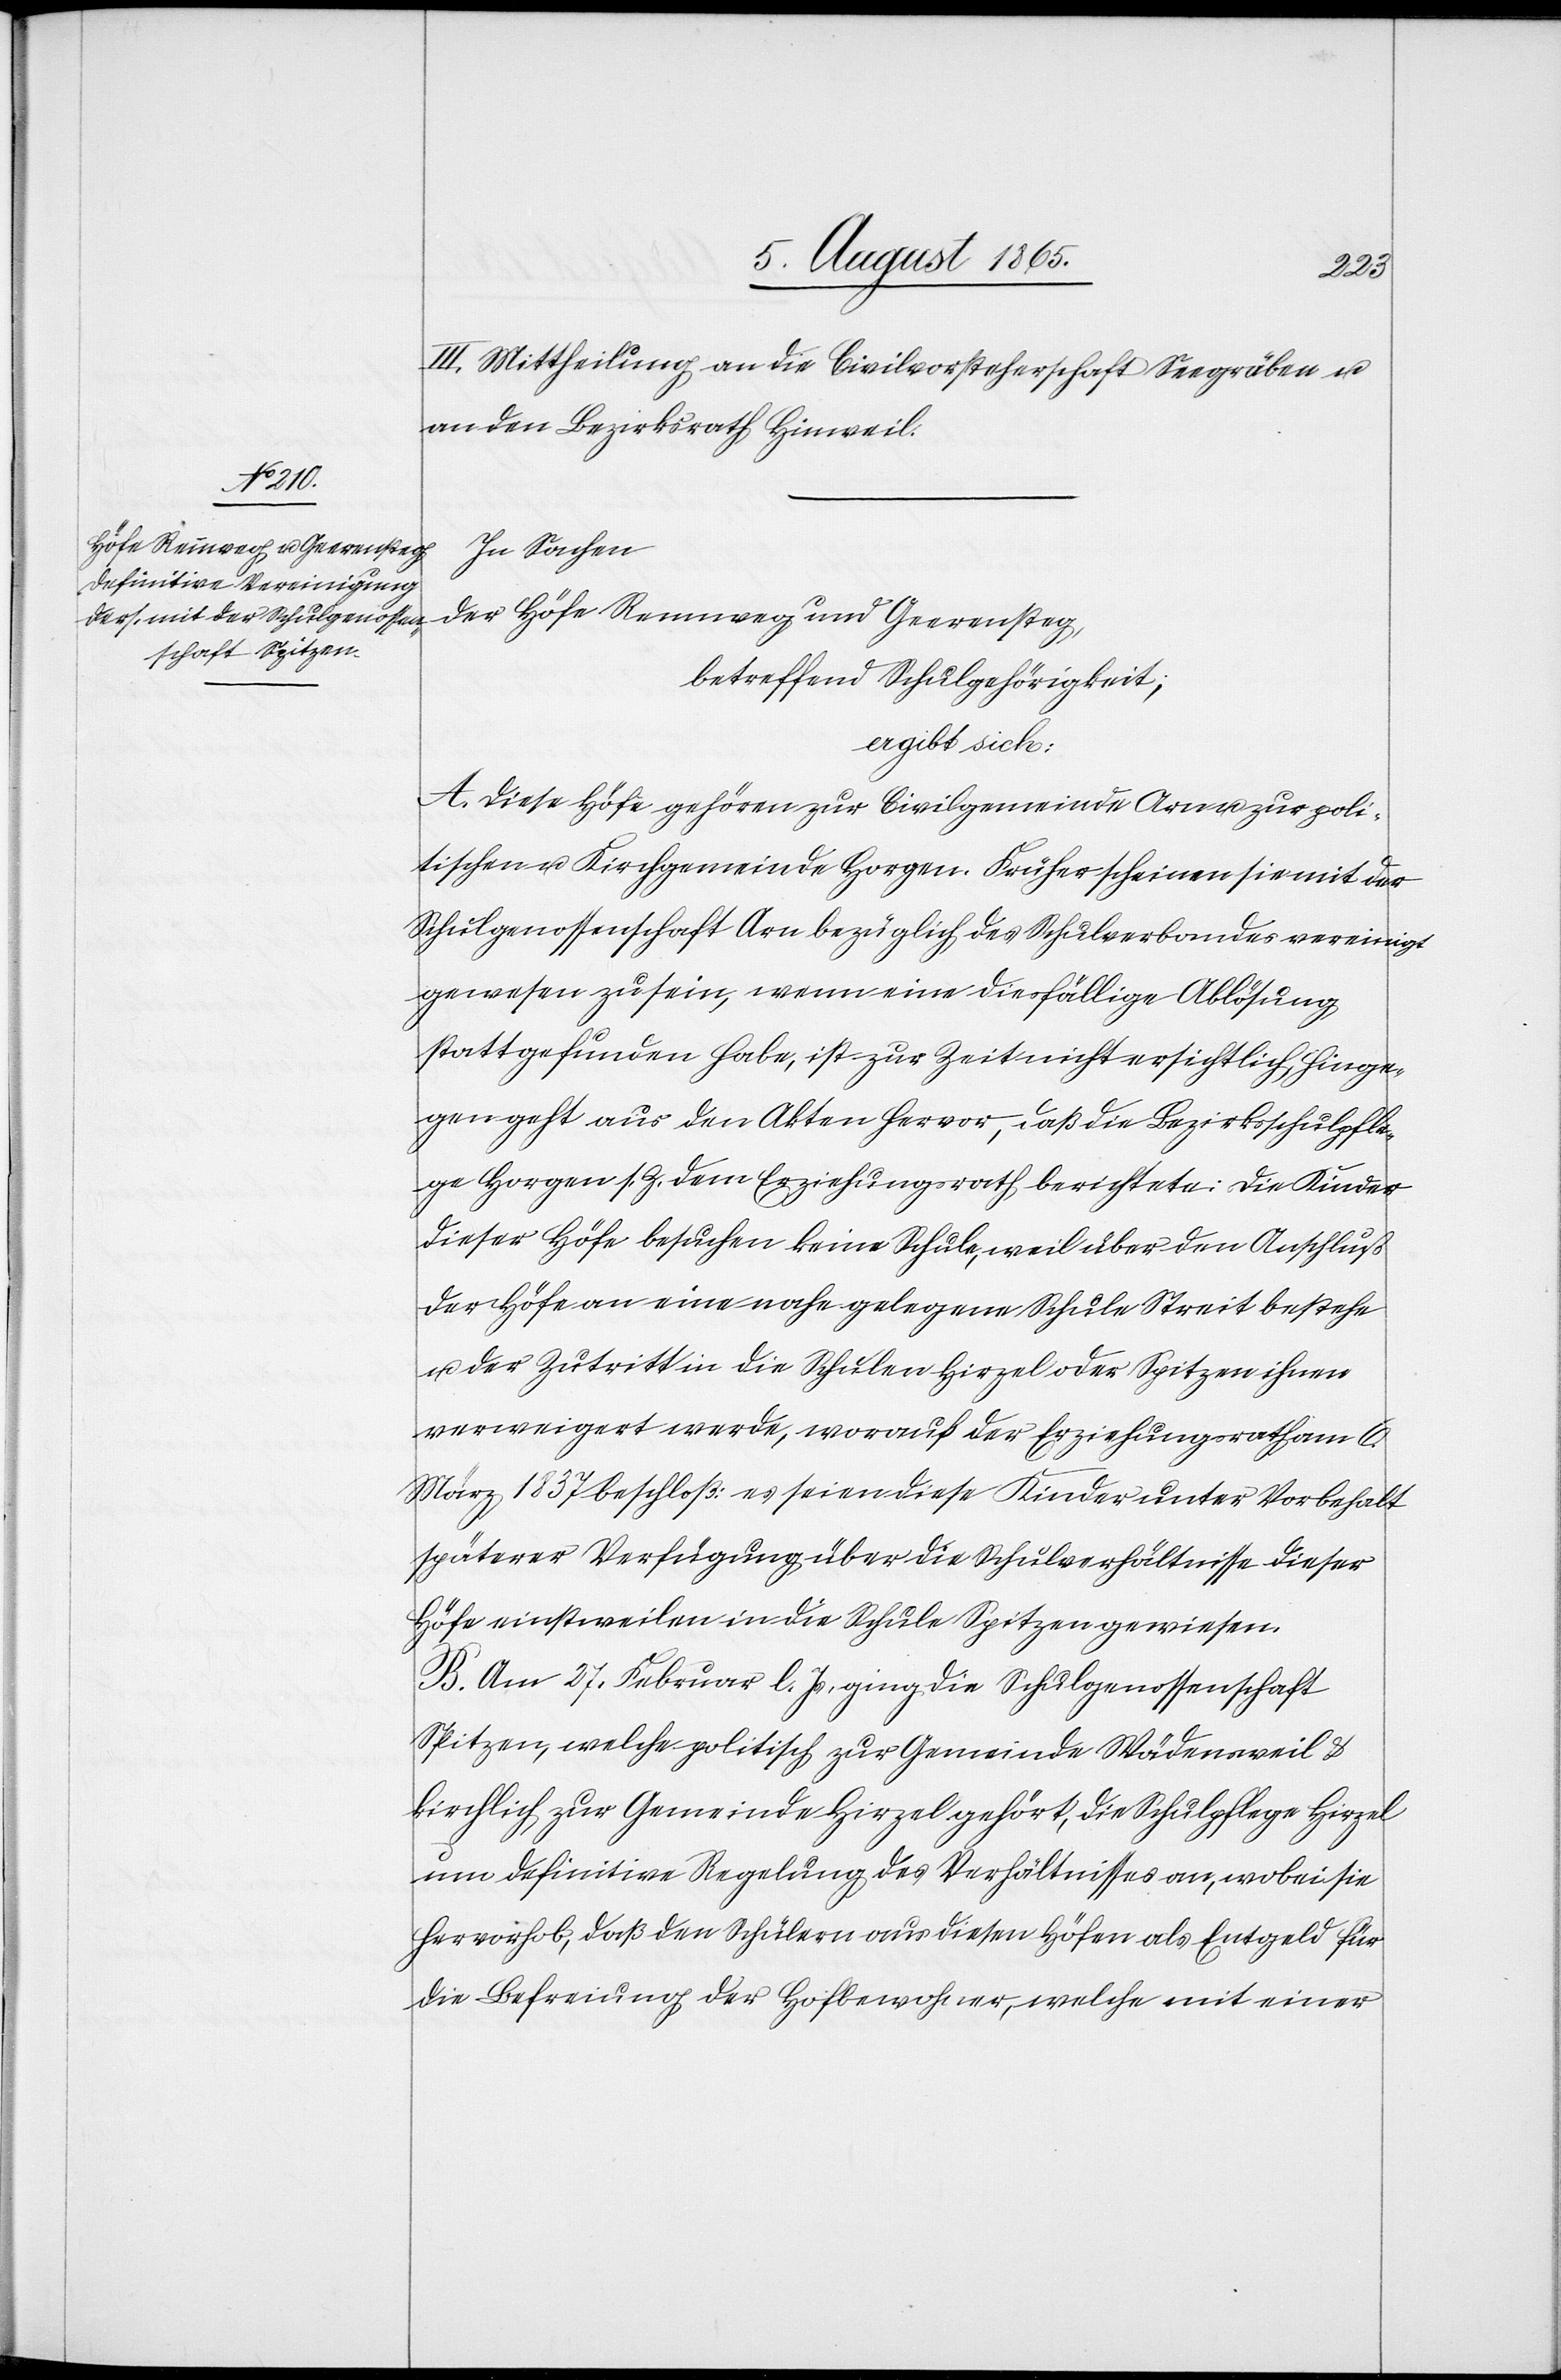
III. Mittheilung an die Civilvorsteherschaft Seegräben u.
an den Bezirksrath Hinweil.
In Sachen
der Höfe Rennweg und Geerensteg,
betreffend Schulgehörigkeit,
ergibt sich:
A. Diese Höfe gehören zur Civilgemeinde Arn u. zur poli¬
tischen u. Kirchgemeinde Horgen. Früher scheinen sie mit der
Schulgenossenschaft Arn bezüglich des Schulverbandes vereinigt
gewesen zu sein, wenn eine diesfällige Ablösung
stattgefunden habe, ist zur Zeit nicht ersichtlich, hinge¬
gen geht aus den Akten hervor, daß die Bezirksschulpfle¬
ge Horgen s. Z. dem Erziehungsrath berichtete: Die Kinder
dieser Höfe besuchen keine Schule, weil über den Anschluß
der Höfe an eine nahe gelegene Schule Streit bestehe
u. der Zutritt in die Schulen Hirzel oder Spitzen ihnen
verweigert werde, worauf der Erziehungsrath am 6.
März 1837 beschloß: es seien diese Kinder unter Vorbehalt
späterer Verfügung über die Schulverhältnisse dieser
Höfe einstweilen in die Schule Spitzen gewiesen.
B. Am 27. Februar l. Js. ging die Schulgenossenschaft
Spitzen, welche politisch zur Gemeinde Wädensweil u.
kirchlich zur Gemeinde Hirzel gehört, die Schulpflege Hirzel
um definitive Regelung des Verhältnisses an, wobei sie
hervorhob, daß den Schülern aus diesen Höfen als Entgeld für
die Befreiung der Hofbewohner, welche mit einer